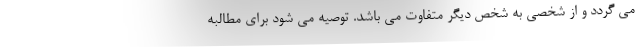
می گردد و از شخصی به شخص دیگر متفاوت می باشد. توصیه می شود برای مطالبه